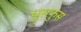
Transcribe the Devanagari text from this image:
धुसफुस